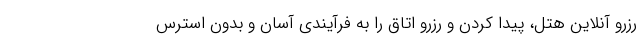
رزرو آنلاین هتل، پیدا کردن و رزرو اتاق را به فرآیندی آسان و بدون استرس